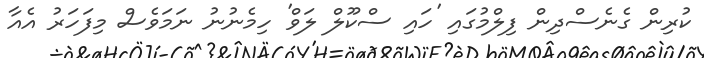
ކުރިން ގެނެސްދިން ފިލްމުގައި 'ހައި ސްކޫލް ލަވް' ހިމެނުނު ނަމަވެސް މިފަހަރު އެއާ